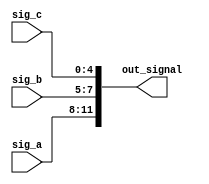
module concat_example (
    input wire [3:0] sig_a,  // 4-bit input signal
    input wire [2:0] sig_b,  // 3-bit input signal
    input wire [4:0] sig_c,  // 5-bit input signal
    output wire [11:0] out_signal // 12-bit output signal
);

// Continuous assignment using concatenation
assign out_signal = {sig_a, sig_b, sig_c}; // Concatenating sig_a, sig_b, and sig_c

endmodule